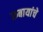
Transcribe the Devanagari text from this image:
रुबायांचे